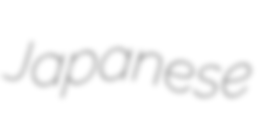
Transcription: Japanese